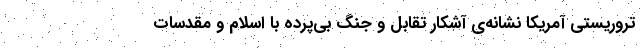
تروریستی آمریکا نشانه‌ی آشکار تقابل و جنگ بی‌پرده با اسلام و مقدسات